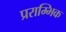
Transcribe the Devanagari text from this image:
प्रराम्भिक